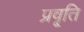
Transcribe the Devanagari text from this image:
प्रवृ्ति